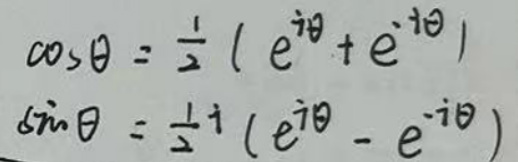
\[
\begin{align*}
\cos\theta&=\frac{1}{2}(e^{i\theta}+e^{-i\theta})\\
\sin\theta&=\frac{1}{2}i(e^{i\theta}-e^{-i\theta})
\end{align*}
\]